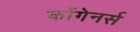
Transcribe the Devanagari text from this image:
कोंगेनर्स